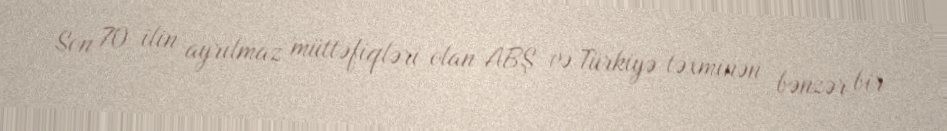
Son 70 ilin ayrılmaz müttəfiqləri olan ABŞ və Türkiyə təxminən bənzər bir